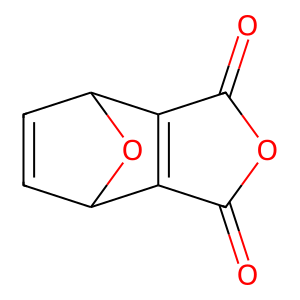
SMILES: O=C1OC(=O)C2=C1C1C=CC2O1
Inhibits HIV replication: No